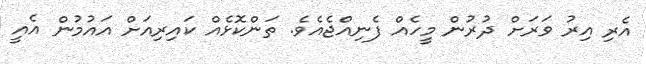
އެރި އިރު ވަރަށް ދުރުން މީހެއް ފެނިއްޖެއެވެ. ތަންކޮޅެއް ކައިރިއަށް އައުމުން އެއީ